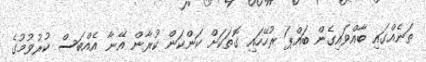
ތަނެއްގައި ބާއްވައިގެން ބައްޕަ ރުހޭހައި ގޮތަކަށް ކަންކަން ކުރާން އޭނާ އެއްބަސް ކުރުވުމުގެ